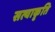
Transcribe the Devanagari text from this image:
सत्याकृति